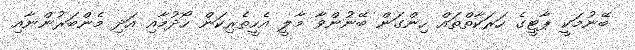
ބޭނުމަކީ ޕާޓީގެ ހަރަކާތްތައް ހިންގަން ބޭނުންވާ މާލީ އެހީތެރިކަން ހޯދުމާއި އަދި މެންބަރުންނާއި